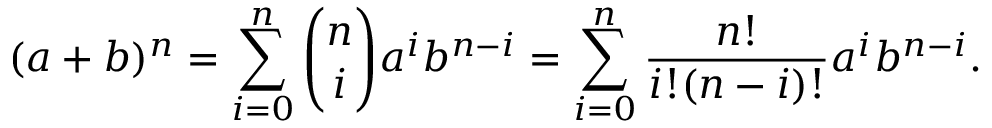
( a + b ) ^ { n } = \sum _ { i = 0 } ^ { n } { \binom { n } { i } } a ^ { i } b ^ { n - i } = \sum _ { i = 0 } ^ { n } { \frac { n ! } { i ! ( n - i ) ! } } a ^ { i } b ^ { n - i } .